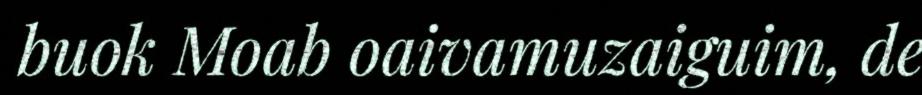
buok Moab oaivamuzaiguim, de